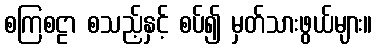
စကြစဠာ စသည့်နှင့် စပ်၍ မှတ်သားဖွယ်များ။